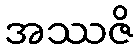
အဿဇိ